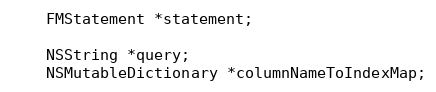
Language: C
    FMStatement *statement;

    NSString *query;
    NSMutableDictionary *columnNameToIndexMap;